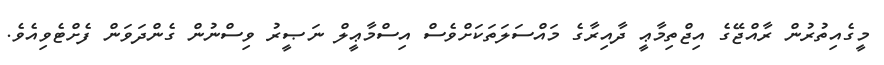
މީގެއިތުރުން ރާއްޖޭގެ އިޖްތިމާޢީ ދާއިރާގެ މައްސަލަތަކަށްވެސް އިސްމާޢީލް ނަޞީރު ވިސްނުން ގެންދަވަން ފެށްޓެވިއެވެ.